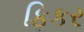
ફિકર